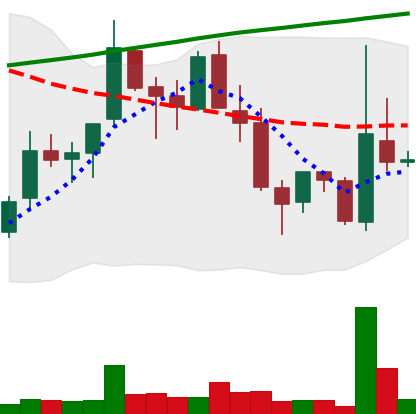
Ticker: TRX-USD
Chart end date: 2018-04-07
Forward return: 6.745%
Label: up_5_7